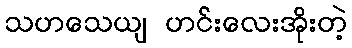
သဟသေယျ ဟင်းလေးအိုးတဲ့